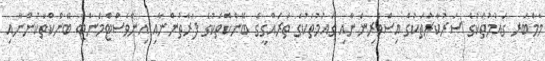
މެމްބަރ ގައުމުތަކުގެ ސަރުކާރުތަކުގެ އިސްވެރިންނާއި ގައުމުތަކުގެ ތަރައްގީގެ ބޭންކްތަކުގެ ފަރާތުންނާއި އިންވެސްޓްމަންޓް ބޭންކްތަކުންނާއި